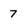
Character: 7